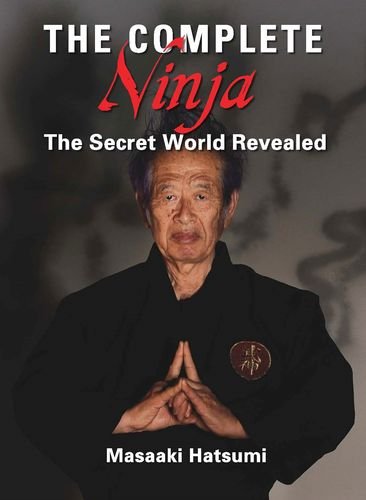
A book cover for The Complete Ninja: The Secret World Revealed; Masaaki Hatsumi; Sports & Outdoors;